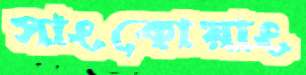
সাংকোয়াং